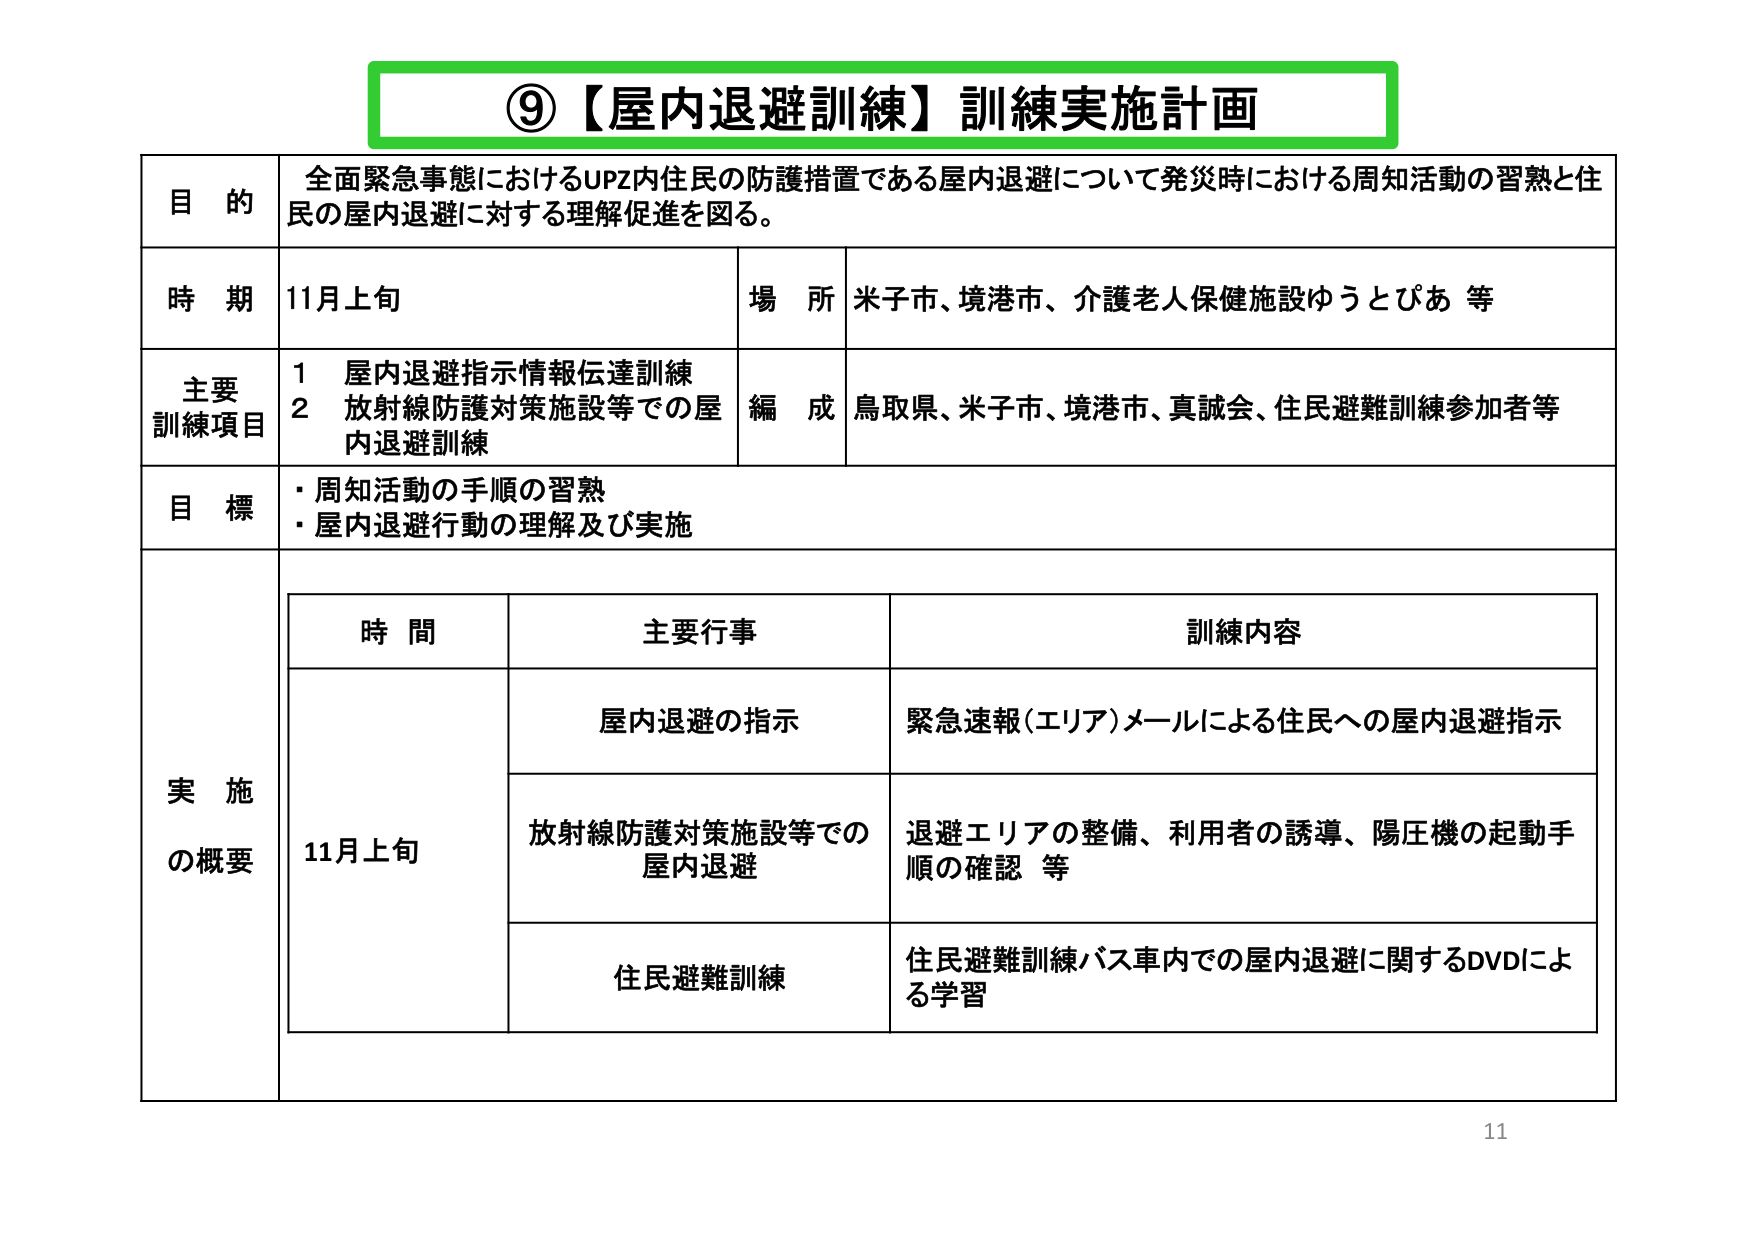
⑨【屋内退避訓練】訓練実施計画

目的
全面緊急事態におけるUPZ内住民の防護措置である屋内退避について発災時における周知活動の習熟と住民の屋内退避に対する理解促進を図る。

時期
11月上旬

場所
米子市、境港市、介護老人保健施設ゆうとぴあ 等

主要訓練項目
1 屋内退避指示情報伝達訓練
2 放射線防護対策施設等での屋内退避訓練

編成
鳥取県、米子市、境港市、真誠会、住民避難訓練参加者等

目標
・周知活動の手順の習熟
・屋内退避行動の理解及び実施

実施の概要

時間
11月上旬

主要行事
屋内退避の指示
放射線防護対策施設等での屋内退避
住民避難訓練

訓練内容
緊急速報（エリア）メールによる住民への屋内退避指示
退避エリアの整備、利用者の誘導、陽圧機の起動手順の確認 等
住民避難訓練バス車内での屋内退避に関するDVDによる学習

11